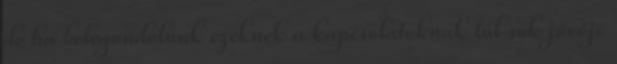
de ha belegondolunk ezeknek a kapcsolatoknak túl sok jövője